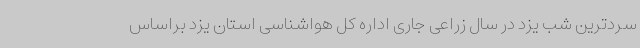
سردترین شب یزد در سال زراعی جاری اداره کل هواشناسی استان یزد براساس